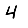
Digit: 4